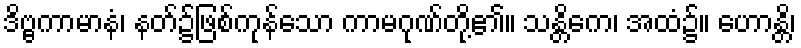
ဒိဗ္ဗကာမာနံ၊ နတ်၌ဖြစ်ကုန်သော ကာမဂုဏ်တို့၏။ သန္တိကေ၊ အထံ၌။ ဟောန္တိ၊